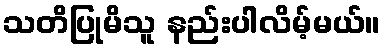
သတိပြုမိသူ နည်းပါလိမ့်မယ်။